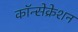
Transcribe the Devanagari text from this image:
कॉन्सेक्रेशन